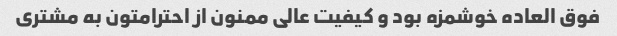
فوق العاده خوشمزه بود و کیفیت عالی ممنون از احترامتون به مشتری